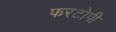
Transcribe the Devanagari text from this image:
फरटोपी